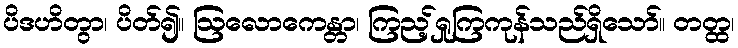
ပိဒဟိတွာ၊ ပိတ်၍။ ဩလောကေန္တာ၊ ကြည့်ရှုကြကုန်သည်ရှိသော်။ တတ္ထ၊